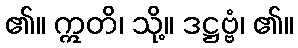
၏။ ဣတိ၊ သို့။ ဒဋ္ဌဗ္ဗံ၊ ၏။